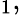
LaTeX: _{1},